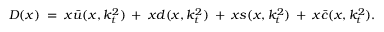
D ( x ) \; = \; x \bar { u } ( x , k _ { t } ^ { 2 } ) \: + \: x d ( x , k _ { t } ^ { 2 } ) \: + \: x s ( x , k _ { t } ^ { 2 } ) \: + \: x \bar { c } ( x , k _ { t } ^ { 2 } ) .